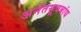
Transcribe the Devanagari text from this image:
अनंतसूत्रबांध